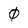
Character: 0